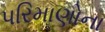
પરિમાણોના